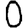
Digit: 0